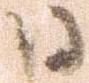
日